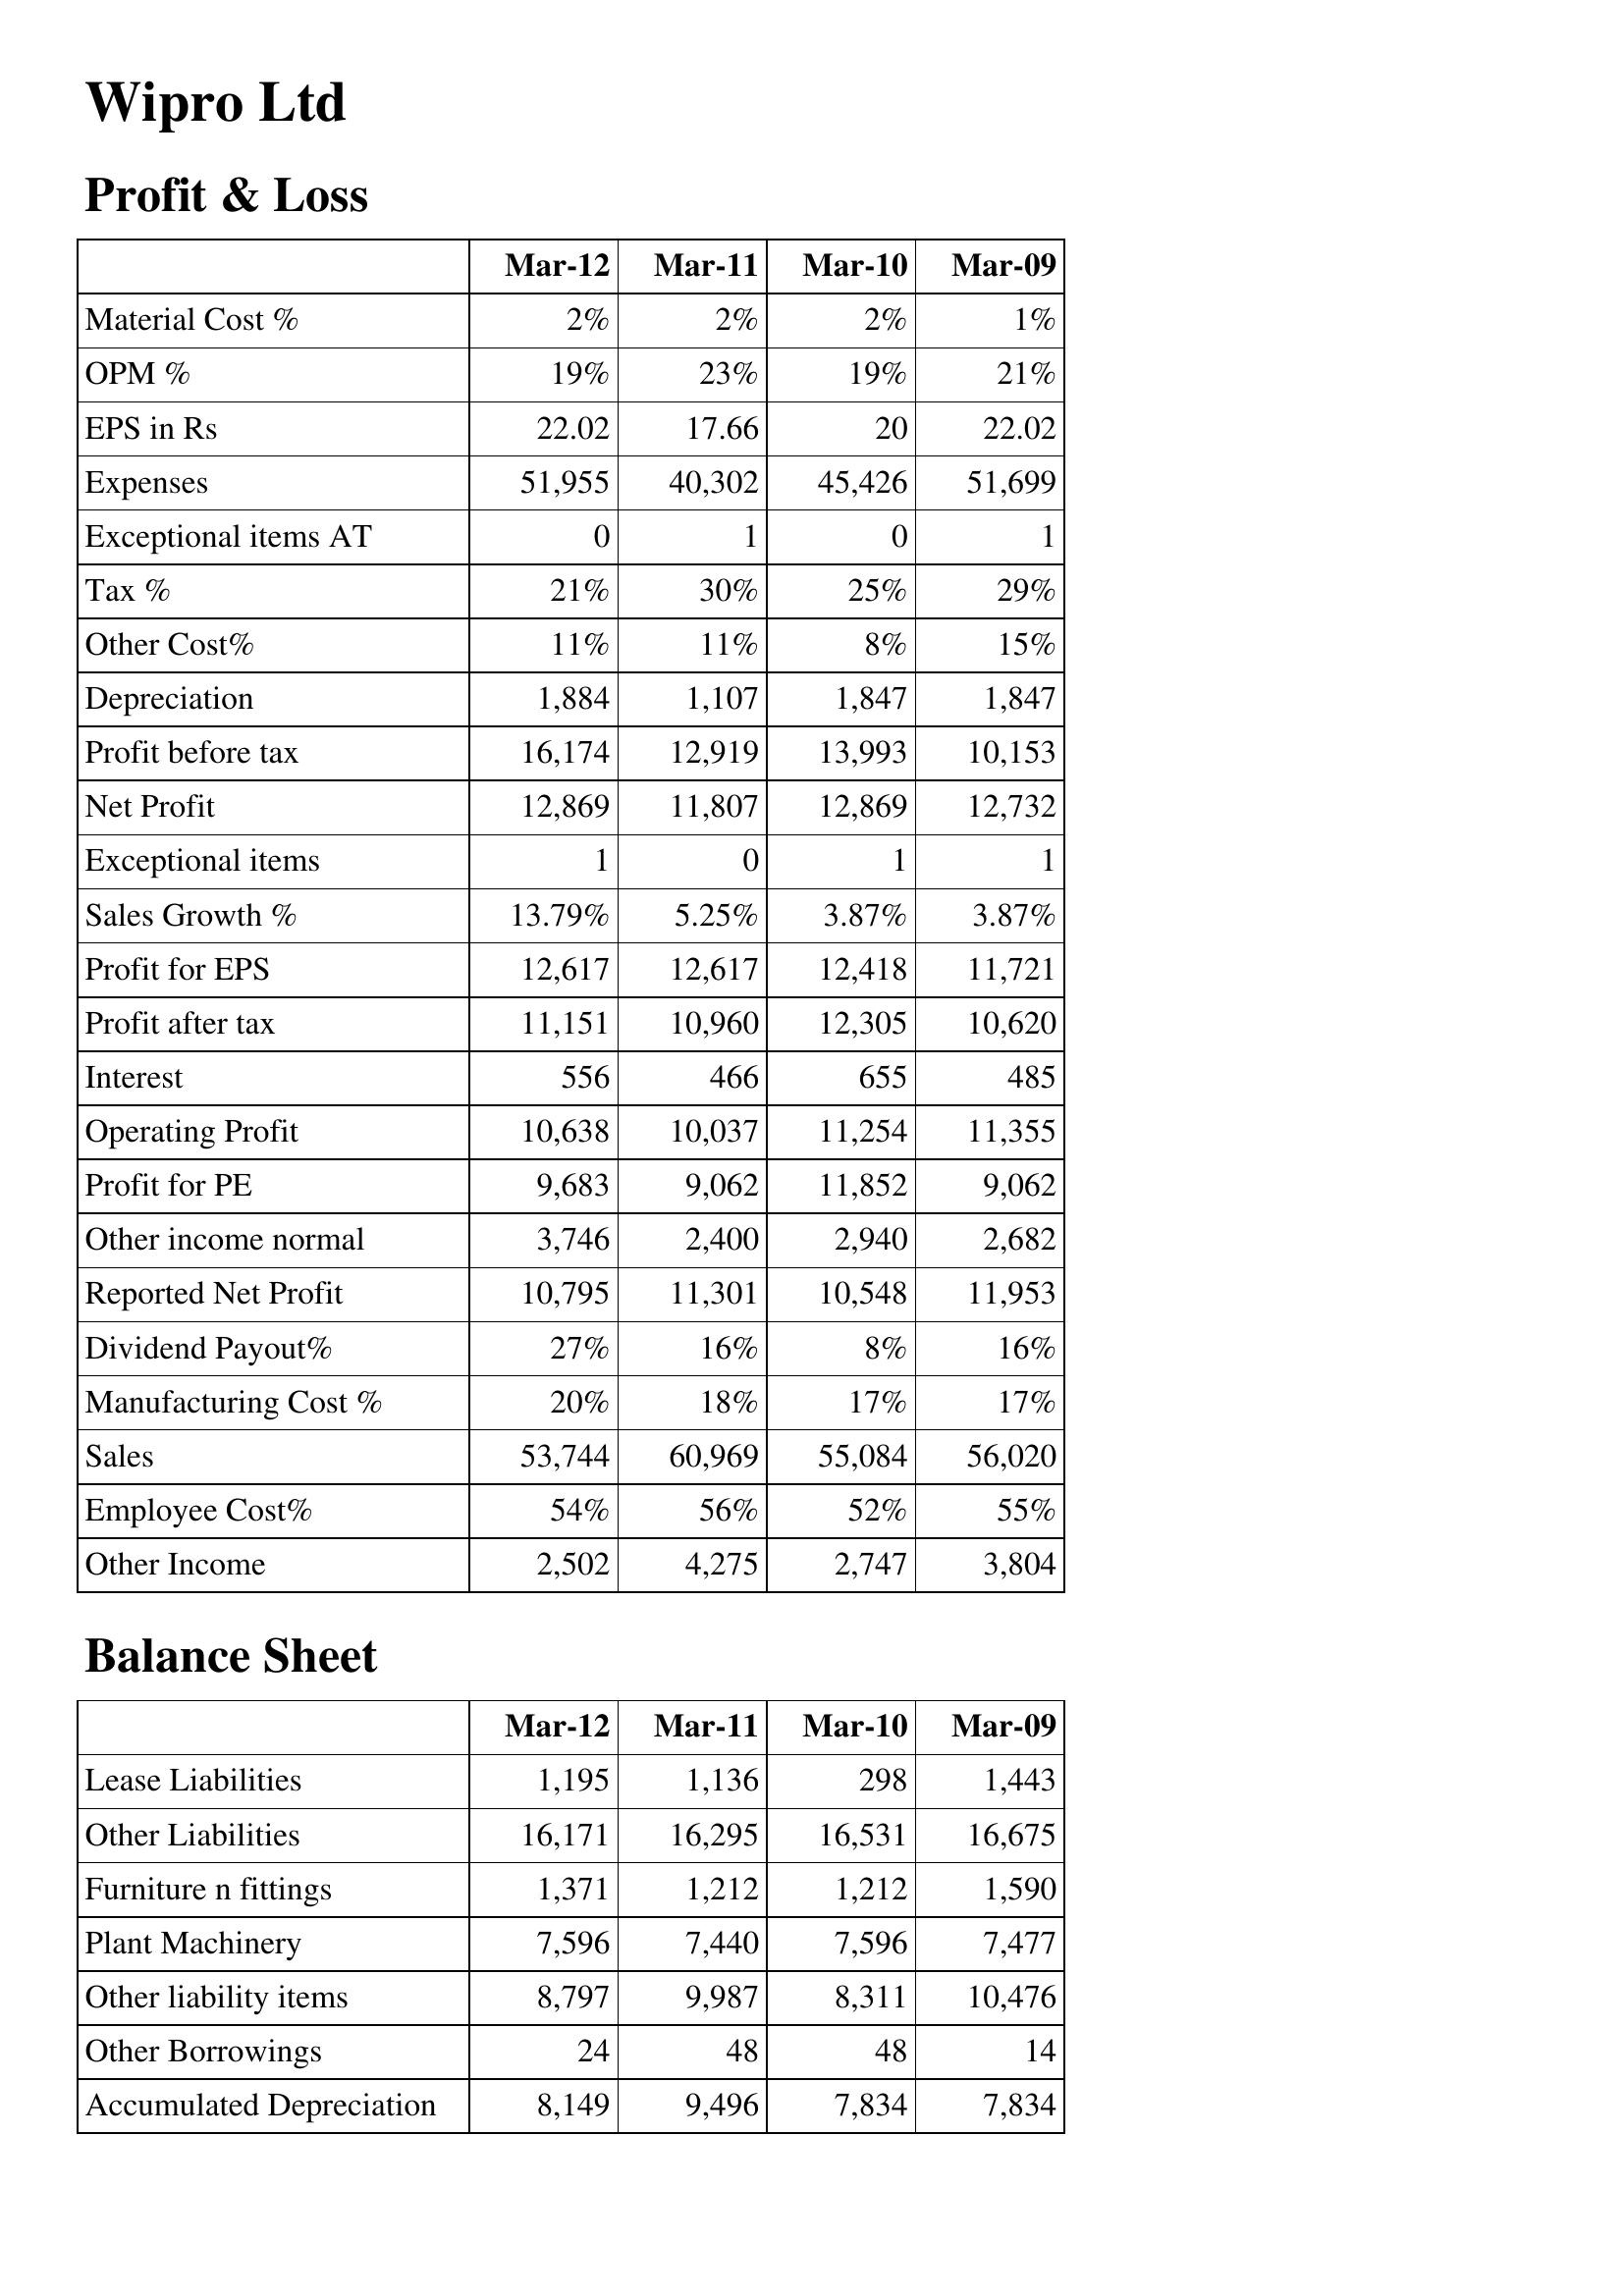
Mar-12: Profit & Loss: Material Cost %: 2%
OPM %: 19%
EPS in Rs: 22.02
Expenses: 51,955
Exceptional items AT: 0
Tax %: 21%
Other Cost%: 11%
Depreciation: 1,884
Profit before tax: 16,174
Net Profit: 12,869
Exceptional items: 1
Sales Growth %: 13.79%
Profit for EPS: 12,617
Profit after tax: 11,151
Interest: 556
Operating Profit: 10,638
Profit for PE: 9,683
Other income normal: 3,746
Reported Net Profit: 10,795
Dividend Payout%: 27%
Manufacturing Cost %: 20%
Sales: 53,744
Employee Cost%: 54%
Other Income: 2,502
Balance Sheet: Lease Liabilities: 1,195
Other Liabilities: 16,171
Furniture n fittings: 1,371
Plant Machinery: 7,596
Other liability items: 8,797
Other Borrowings: 24
Accumulated Depreciation: 8,149
Mar-11: Profit & Loss: Material Cost %: 2%
OPM %: 23%
EPS in Rs: 17.66
Expenses: 40,302
Exceptional items AT: 1
Tax %: 30%
Other Cost%: 11%
Depreciation: 1,107
Profit before tax: 12,919
Net Profit: 11,807
Exceptional items: 0
Sales Growth %: 5.25%
Profit for EPS: 12,617
Profit after tax: 10,960
Interest: 466
Operating Profit: 10,037
Profit for PE: 9,062
Other income normal: 2,400
Reported Net Profit: 11,301
Dividend Payout%: 16%
Manufacturing Cost %: 18%
Sales: 60,969
Employee Cost%: 56%
Other Income: 4,275
Balance Sheet: Lease Liabilities: 1,136
Other Liabilities: 16,295
Furniture n fittings: 1,212
Plant Machinery: 7,440
Other liability items: 9,987
Other Borrowings: 48
Accumulated Depreciation: 9,496
Mar-10: Profit & Loss: Material Cost %: 2%
OPM %: 19%
EPS in Rs: 20
Expenses: 45,426
Exceptional items AT: 0
Tax %: 25%
Other Cost%: 8%
Depreciation: 1,847
Profit before tax: 13,993
Net Profit: 12,869
Exceptional items: 1
Sales Growth %: 3.87%
Profit for EPS: 12,418
Profit after tax: 12,305
Interest: 655
Operating Profit: 11,254
Profit for PE: 11,852
Other income normal: 2,940
Reported Net Profit: 10,548
Dividend Payout%: 8%
Manufacturing Cost %: 17%
Sales: 55,084
Employee Cost%: 52%
Other Income: 2,747
Balance Sheet: Lease Liabilities: 298
Other Liabilities: 16,531
Furniture n fittings: 1,212
Plant Machinery: 7,596
Other liability items: 8,311
Other Borrowings: 48
Accumulated Depreciation: 7,834
Mar-09: Profit & Loss: Material Cost %: 1%
OPM %: 21%
EPS in Rs: 22.02
Expenses: 51,699
Exceptional items AT: 1
Tax %: 29%
Other Cost%: 15%
Depreciation: 1,847
Profit before tax: 10,153
Net Profit: 12,732
Exceptional items: 1
Sales Growth %: 3.87%
Profit for EPS: 11,721
Profit after tax: 10,620
Interest: 485
Operating Profit: 11,355
Profit for PE: 9,062
Other income normal: 2,682
Reported Net Profit: 11,953
Dividend Payout%: 16%
Manufacturing Cost %: 17%
Sales: 56,020
Employee Cost%: 55%
Other Income: 3,804
Balance Sheet: Lease Liabilities: 1,443
Other Liabilities: 16,675
Furniture n fittings: 1,590
Plant Machinery: 7,477
Other liability items: 10,476
Other Borrowings: 14
Accumulated Depreciation: 7,834